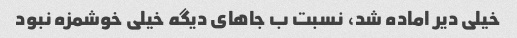
خیلی دیر اماده شد، نسبت ب جاهای دیگه خیلی خوشمزه نبود